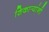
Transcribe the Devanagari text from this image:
शिकार्‍यांनी